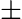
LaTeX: \mathbf{\pm}